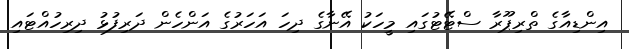
އިންޑިއާގެ ތްރިޕޫރާ ސްޓޭޓުގައި މީހަކު އޭނާގެ ދިހަ އަހަރުގެ އަންހެން ދަރިފުޅު ދިރިހުއްޓައި